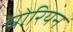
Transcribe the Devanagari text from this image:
घोरियन